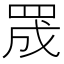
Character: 𮊅